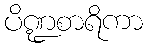
ပိဏ္ဍစာရိကာ